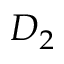
D _ { 2 }